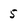
Character: 5